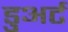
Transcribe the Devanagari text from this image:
डुअर्ट